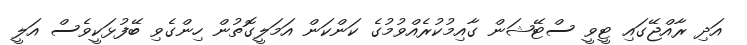
އަދި ރާއްޖޭގައި ޓީވީ ސްޓޭޝަން ގާއިމުކުރެއްވުމުގެ ކަންކަން އަމަލީގޮތުން ހިންގެވި ބޭފުޅަކީވެސް އަލީ